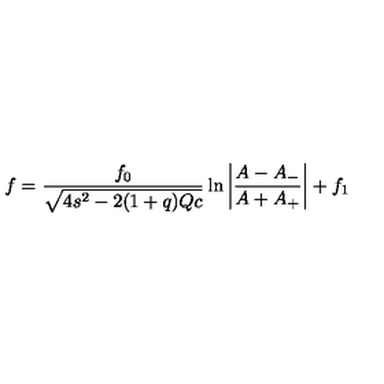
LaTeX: f = \frac { f _ { 0 } } { \sqrt { 4 s ^ { 2 } - 2 ( 1 + q ) Q c } } \ln { \left| \frac { A - A _ { - } } { A + A _ { + } } \right| } + f _ { 1 }